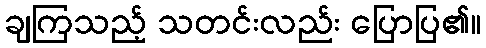
ချကြသည့် သတင်းလည်း ပြောပြ၏။